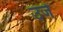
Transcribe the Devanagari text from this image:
उर्ज